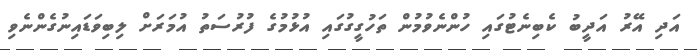
އަދި އޭރު އަދީބު ކެބިނެޓުގައި ހުންނެވުމުން ތަހުގީގުގައި އުޅުމުގެ ފުރުސަތު އުމަރަށް ލިބިވަޑައިނުގެންނެވި